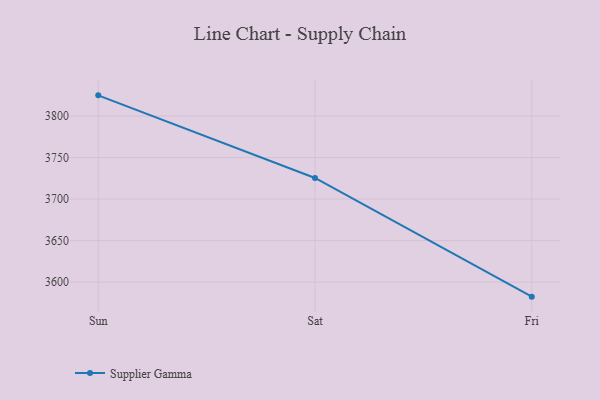
{"axis": {"x": "Day", "y": "Satisfaction Score"}, "legend": ["Supplier Gamma"], "data": [{"x": "Sun", "y": 3824.9, "type": "Supplier Gamma"}, {"x": "Sat", "y": 3725.4, "type": "Supplier Gamma"}, {"x": "Fri", "y": 3582.5, "type": "Supplier Gamma"}]}